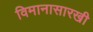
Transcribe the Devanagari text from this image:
विमानासारखी